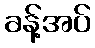
ခန့်အပ်